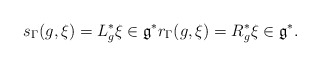
\begin{align*} s_\Gamma(g,\xi)= L_{g}^*\xi \in \mathfrak g^* r_\Gamma(g,\xi)=R_{g}^*\xi \in \mathfrak g^*.\end{align*}